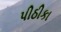
પીઠીકા